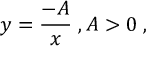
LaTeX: y = { \frac { - A } { x } } \; , A > 0 \; ,